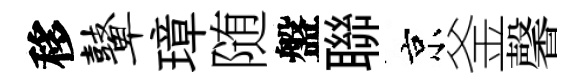
移鼙璋随盤聯京釜馨